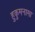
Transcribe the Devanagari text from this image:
हुकुमनामा